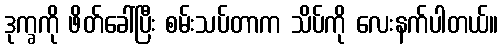
ဒုက္ခကို ဖိတ်ခေါ်ပြီး စမ်းသပ်တာက သိပ်ကို လေးနက်ပါတယ်။